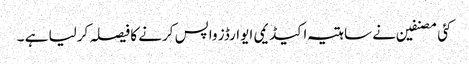
کئی مصنفین نے ساہتیہ اکیڈیمی ایوارڈز واپس کرنے کا فیصلہ کرلیا ہے ۔